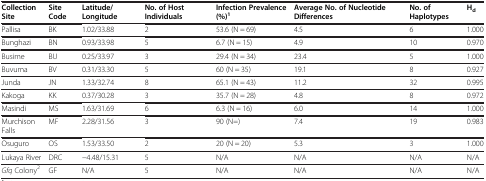
<table><thead><tr><td><b>Collection Site</b></td><td><b>Site Code</b></td><td><b>Latitude/ Longitude</b></td><td><b>No. of Host Individuals</b></td><td><b>Infection Prevalence (%)<sup>1</sup></b></td><td><b>Average No. of Nucleotide Differences</b></td><td><b>No. of Haplotypes</b></td><td><b>H<sub>d</sub></b></td></tr></thead><tbody><tr><td>Pallisa</td><td>BK</td><td>1.02/33.88</td><td>2</td><td>53.6 (N = 69)</td><td>4.5</td><td>6</td><td>1.000</td></tr><tr><td>Bunghazi</td><td>BN</td><td>0.93/33.98</td><td>5</td><td>6.7 (N = 15)</td><td>4.9</td><td>10</td><td>0.970</td></tr><tr><td>Busime</td><td>BU</td><td>0.25/33.97</td><td>3</td><td>29.4 (N = 34)</td><td>23.4</td><td>5</td><td>1.000</td></tr><tr><td>Buvuma</td><td>BV</td><td>0.31/33.30</td><td>5</td><td>60 (N = 35)</td><td>19.1</td><td>8</td><td>0.927</td></tr><tr><td>Junda</td><td>JN</td><td>1.33/32.74</td><td>8</td><td>65.1 (N = 43)</td><td>11.2</td><td>32</td><td>0.995</td></tr><tr><td>Kakoga</td><td>KK</td><td>0.37/30.28</td><td>3</td><td>35.7 (N = 28)</td><td>4.8</td><td>8</td><td>0.972</td></tr><tr><td>Masindi</td><td>MS</td><td>1.63/31.69</td><td>6</td><td>6.3 (N = 16)</td><td>6.0</td><td>14</td><td>1.000</td></tr><tr><td>Murchison Falls</td><td>MF</td><td>2.28/31.56</td><td>3</td><td>90 (N=)</td><td>7.4</td><td>19</td><td>0.983</td></tr><tr><td>Osuguro</td><td>OS</td><td>1.53/33.50</td><td>2</td><td>20 (N = 20)</td><td>5.3</td><td>3</td><td>1.000</td></tr><tr><td>Lukaya River</td><td>DRC</td><td>−4.48/15.31</td><td>5</td><td>N/A</td><td>N/A</td><td>N/A</td><td>N/A</td></tr><tr><td><i>Gfq</i> Colony<sup>2</sup></td><td>GF</td><td>N/A</td><td>5</td><td>N/A</td><td>N/A</td><td>N/A</td><td>N/A</td></tr></tbody></table>